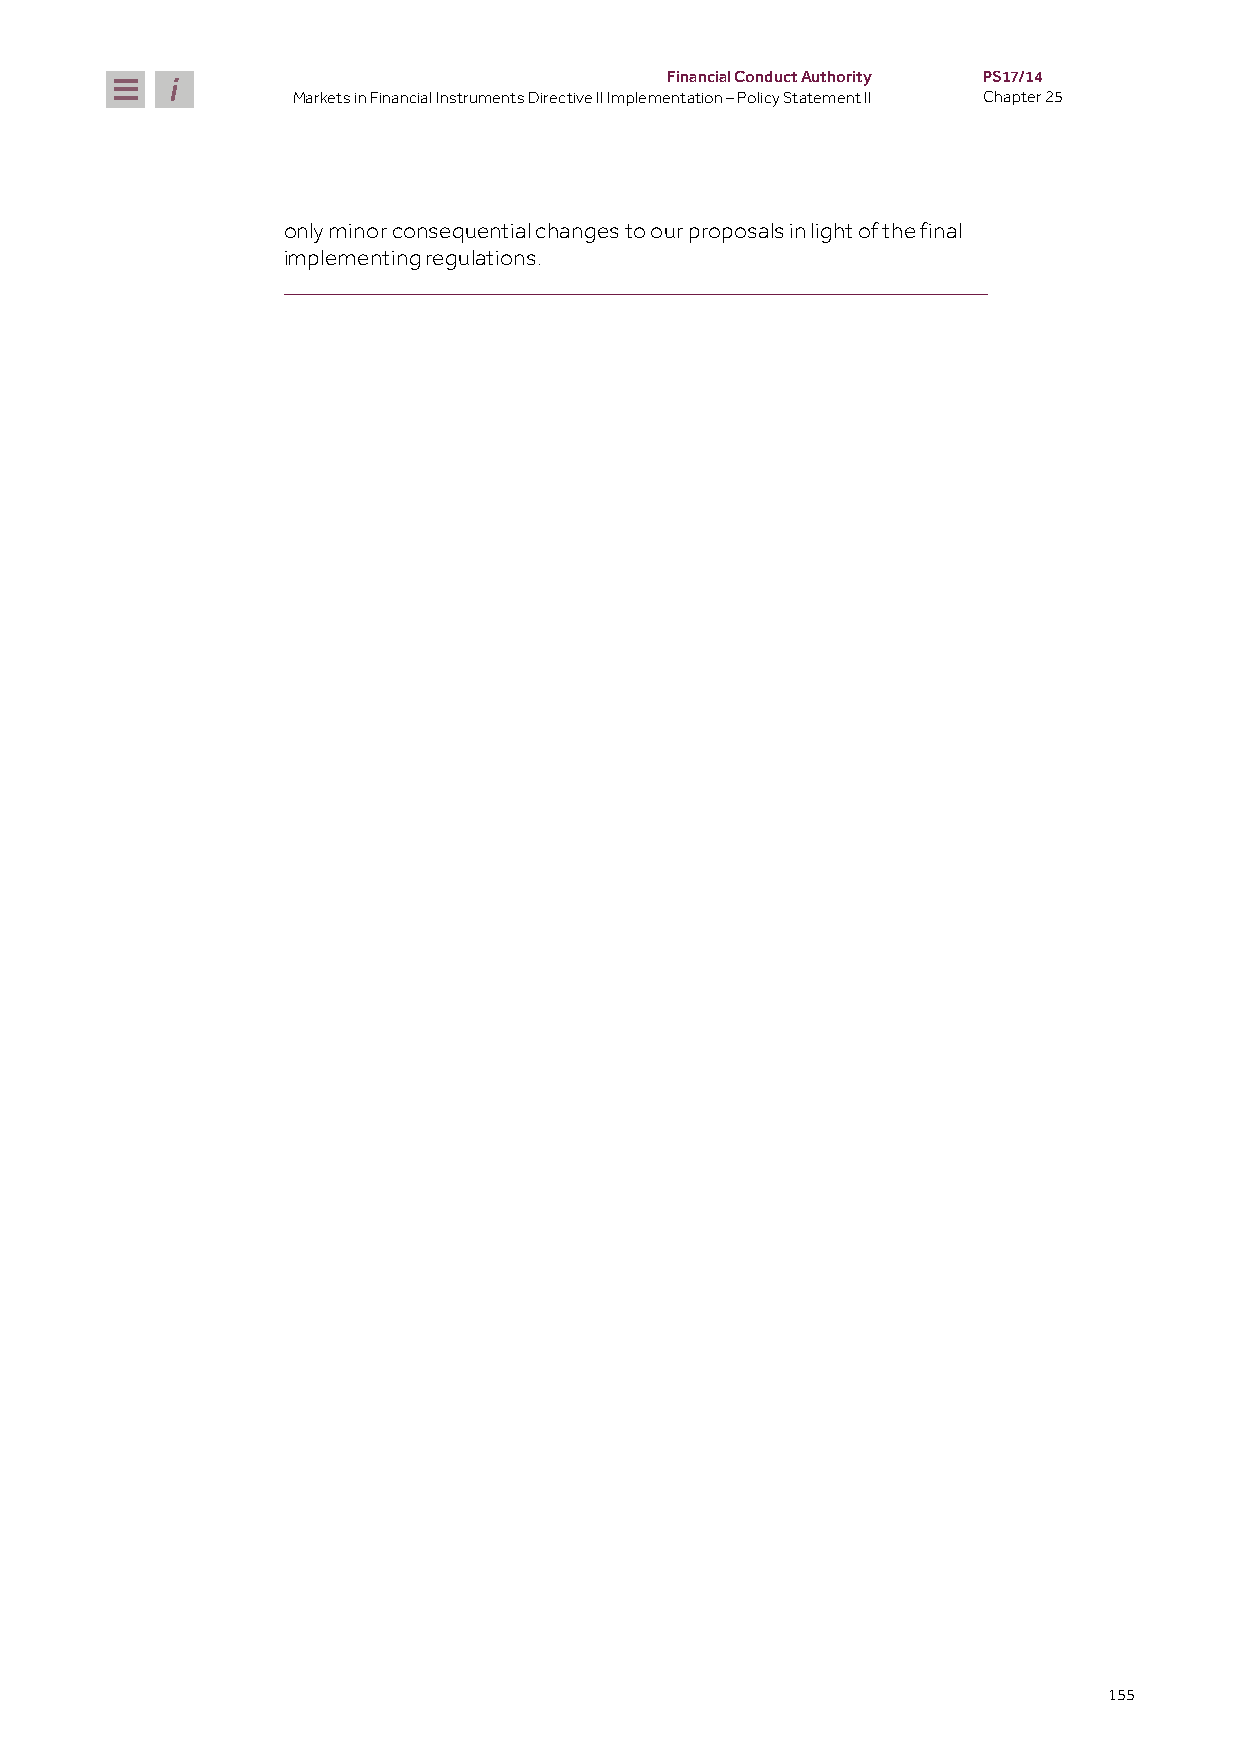
Financial Conduct Authority PS17/14
 Markets in Financial Instruments Directive II Implementation – Policy Statement II Chapter 25
 only minor consequential changes to our proposals in light of the final
 implementing regulations.
 155